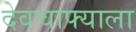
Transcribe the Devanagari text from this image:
देवचाफ्याला